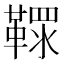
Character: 𩌐